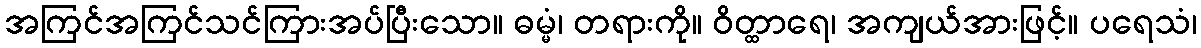
အကြင်အကြင်သင်ကြားအပ်ပြီးသော။ ဓမ္မံ၊ တရားကို။ ဝိတ္ထာရေ၊ အကျယ်အားဖြင့်။ ပရေသံ၊